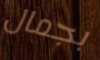
بجمال